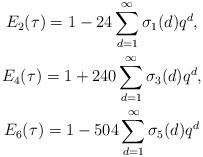
LaTeX: \begin{gather*}E_2(\tau) = 1 - 24 \sum_{d=1}^\infty \sigma_1(d) q^d,\\E_4(\tau) = 1 + 240 \sum_{d=1}^\infty \sigma_3(d) q^d, \\E_6(\tau) = 1 - 504 \sum_{d=1}^\infty \sigma_5(d) q^d\end{gather*}